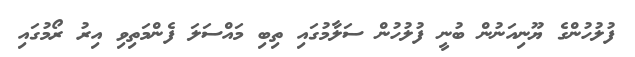
ފުލުހުންގެ ޔޫނިއަނުން ބުނީ ފުލުހުން ސަލާމުގައި ތިބި މައްސަލަ ފެންމަތިވި އިރު ރޯމުގައި